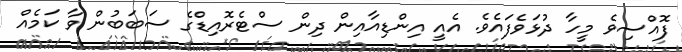
ފޮއްސިވެ މީހާ ދުޅަވެފައެވެ. އެއީ އިންޑިއާއިން ދިން ސްޓެރޮއިޑްގެ ސަބަބުން ވާ ކަމެއް